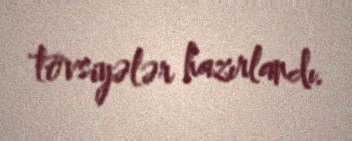
tövsiyələr hazırlandı.